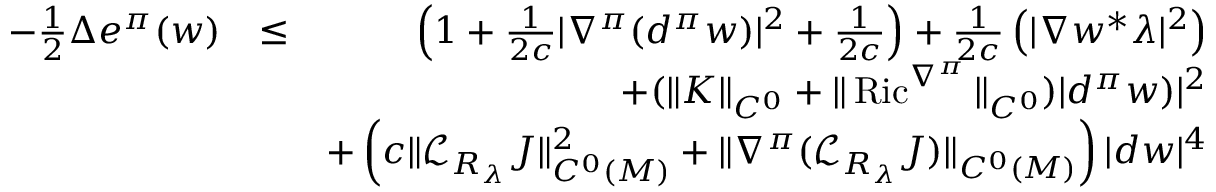
\begin{array} { r l r } { - \frac { 1 } { 2 } \Delta e ^ { \pi } ( w ) } & { \leq } & { \left( 1 + \frac 1 { 2 c } | \nabla ^ { \pi } ( d ^ { \pi } w ) | ^ { 2 } + \frac 1 { 2 c } \right) + \frac { 1 } { 2 c } \left( | \nabla w ^ { * } \lambda | ^ { 2 } \right) } \\ & { } & { + ( \| K \| _ { C ^ { 0 } } + \| \operatorname { R i c } ^ { \nabla ^ { \pi } } \| _ { C ^ { 0 } } ) | d ^ { \pi } w ) | ^ { 2 } } \\ & { } & { + \left( c \| { \mathcal L } _ { R _ { \lambda } } J \| _ { C ^ { 0 } ( M ) } ^ { 2 } + \| \nabla ^ { \pi } ( { \mathcal L } _ { R _ { \lambda } } J ) \| _ { C ^ { 0 } ( M ) } \right) | d w | ^ { 4 } } \end{array}